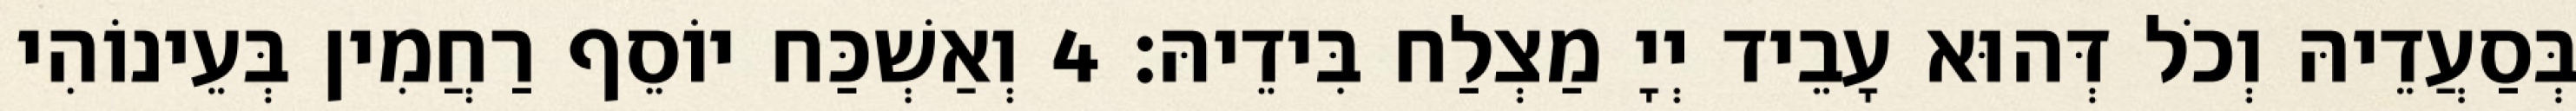
בְּסַעֲדֵיהּ וְכֹל דְּהוּא עָבֵיד יְיָ מַצְלַח בִּידֵיהּ׃ 4 וְאַשְׁכַּח יוֹסֵף רַחֲמִין בְּעֵינוֹהִי